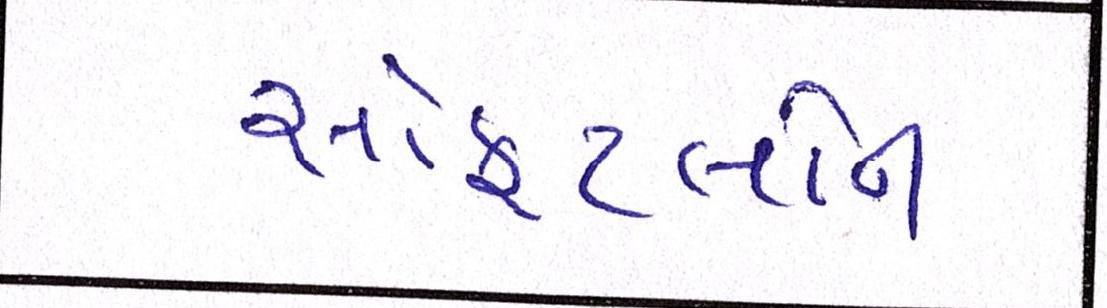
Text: સોફટલોન